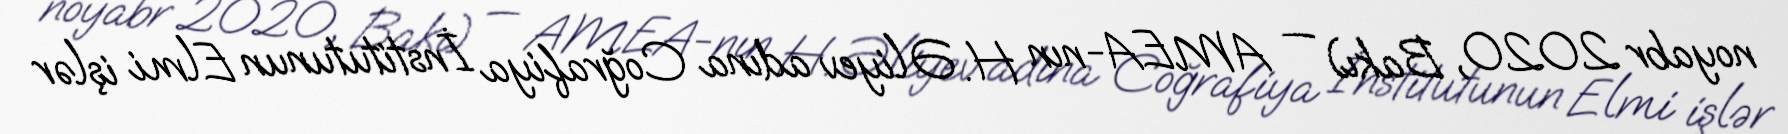
noyabr 2020, Bakı) — AMEA-nın H. Əliyev adına Coğrafiya İnstitutunun Elmi işlər